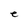
Character: e